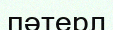
пәтерл